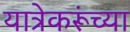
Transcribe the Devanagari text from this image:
यात्रेकरूंच्या